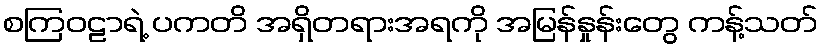
စကြဝဠာရဲ့ ပကတိ အရှိတရားအရကို အမြန်နှုန်းတွေ ကန့်သတ်